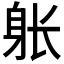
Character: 𲄚